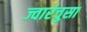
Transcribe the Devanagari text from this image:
ज्वारंचुसा